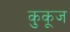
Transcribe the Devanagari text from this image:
कुकूज